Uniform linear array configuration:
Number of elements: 32
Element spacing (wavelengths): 0.25
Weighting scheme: hamming
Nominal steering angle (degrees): -15
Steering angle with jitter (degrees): -16.409
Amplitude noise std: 0.05
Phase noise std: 0.05

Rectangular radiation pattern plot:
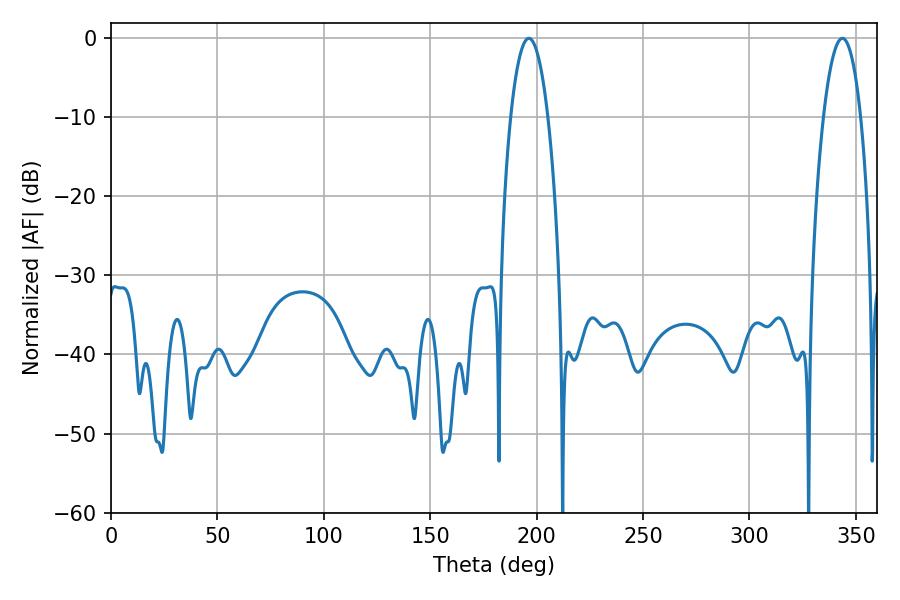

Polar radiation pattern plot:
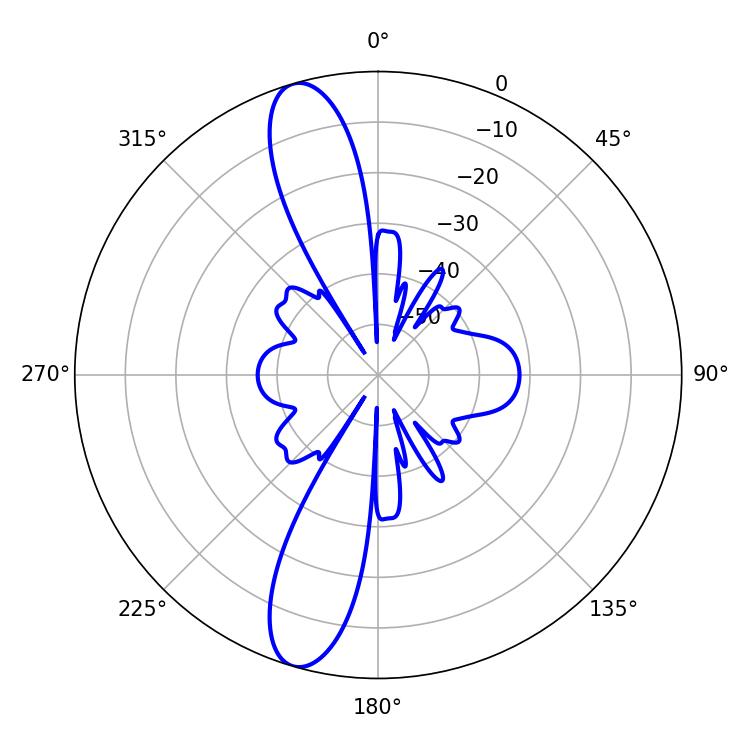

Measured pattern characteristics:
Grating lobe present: FALSE
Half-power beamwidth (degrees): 9.72
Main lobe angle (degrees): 196.38